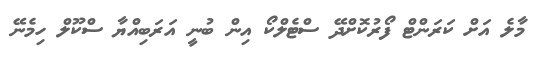
މާލެ އަށް ކަރަންޓް ފޯރުކޮށްދޭ ސްޓެލްކޯ އިން ބުނީ އަރަބިއްޔާ ސްކޫލް ހިމެނޭ